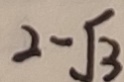
2 - \sqrt { 3 }